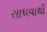
સાધવાથી